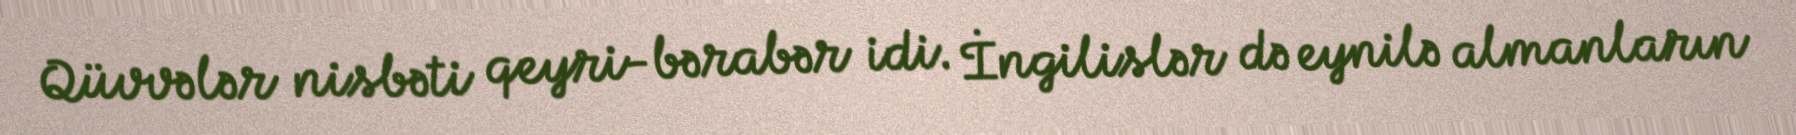
Qüvvələr nisbəti qeyri-bərabər idi. İngilislər də eynilə almanların